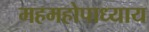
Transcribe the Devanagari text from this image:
महमहोपाध्याय